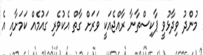
މުންދު ވިދާޅުވީ ޕާކިސްތާނާ ރާއްޖެއަކީ ވަރަށް ގާތް އެކުވެރި ގައުމެއް ކަމަށާއި އެ